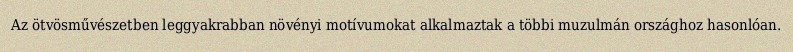
Az ötvösművészetben leggyakrabban növényi motívumokat alkalmaztak a többi muzulmán országhoz hasonlóan.